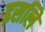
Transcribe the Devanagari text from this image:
इसलिे